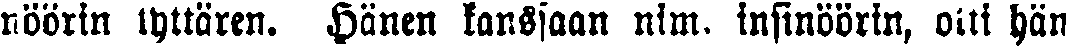
nöörin tyttären. Hänen kanssaan nim. insinöörin, otti hän